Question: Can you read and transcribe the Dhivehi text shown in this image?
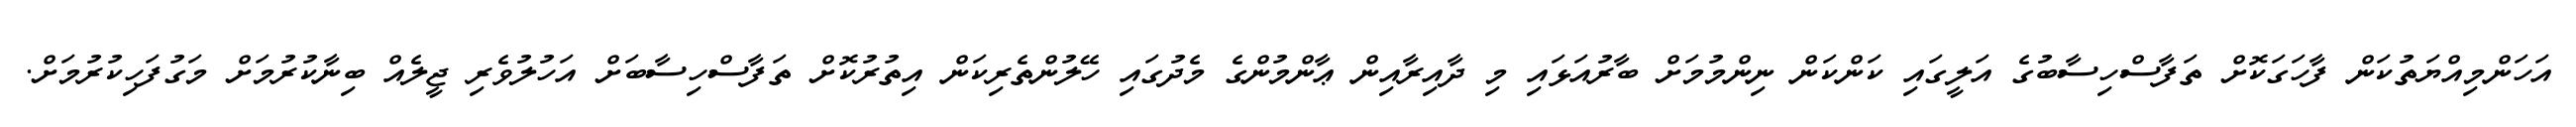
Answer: އަހަންމިއްޔަތުކަން ފާހަގަކޮށް ތަފާސްހިސާބުގެ އަލީގައި ކަންކަން ނިންމުމަށް ބާރުއަޅައި މި ދާއިރާއިން ޢާންމުންގެ މެދުގައި ހޭލުންތެރިކަން އިތުރުކޮށް ތަފާސްހިސާބަށް އަހުލުވެރި ޖީލެއް ބިނާކުރުމަށް މަގުފަހިކުރުމަށް.